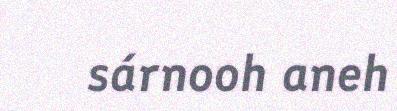
sárnooh aneh